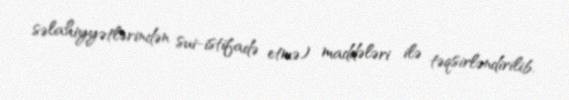
səlahiyyətlərindən sui-istifadə etmə) maddələri ilə təqsirləndirilib.